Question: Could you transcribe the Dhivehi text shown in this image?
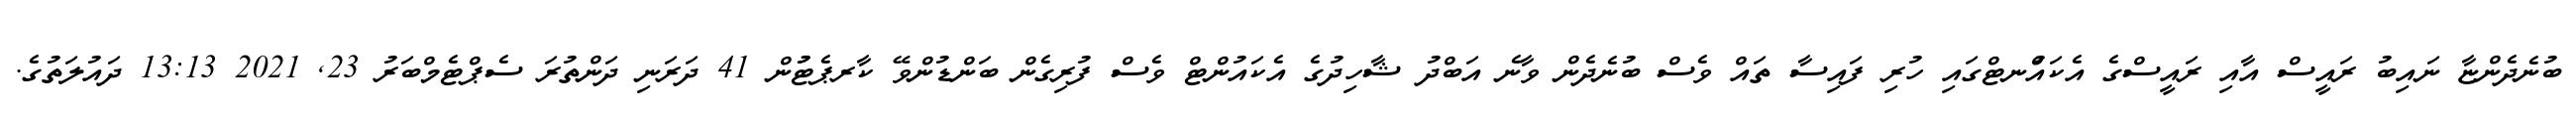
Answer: ބުނެދެންޏާ ނައިބު ރައީސް އާއި ރައީސްގެ އެކައުްނޓްގައި ހުރި ފައިސާ ތައް ވެސް ބުނެދެން ވާނެ އަބްދު ޝާހިދުގެ އެކައުންޓް ވެސް ފުރިގެން ބަންޑުންވޭ ކާރޕެޓުުން 41 ދަރަނި ދަންތުރަ ސެޕްޓެމްބަރު 23, 2021 13:13 ދައުލަތުގެ.